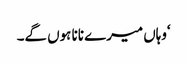
‘وہاں میرے نانا ہوں گے۔